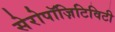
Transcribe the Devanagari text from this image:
सेरोपॉज़िटिविटी